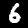
Digit: 6